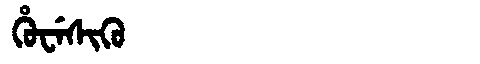
Manchu: ᡥᡠᠸᡝᠰᡳᡴᡠ
Romanization: HUWESIKU